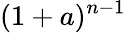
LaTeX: (1+a)^{n-1}